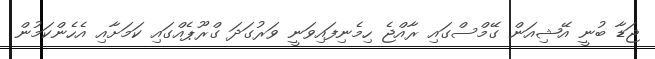
ޖަޑާ ބުނީ އޭޝިއަން ގޭމްސްގައި ރާއްޖެ ހިމެނިފައިވަނީ ވަރުގަދަ ގްރޫޕެއްގައި ކަމަށާއި އެހެންކަމުން